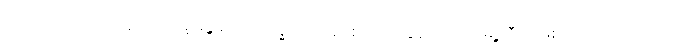
တည်ထားဆောက်လှူကြတာမို့ မန္တလေးကို ဗုဒ္ဓသာသနာ စည်ပင်ထွန်းကားတဲ့ မြို့ကြီးအဖြစ် အထက်၊ အောက်